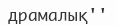
драмалық''